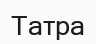
Татра